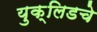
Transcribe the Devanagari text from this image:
युक्लिडचे